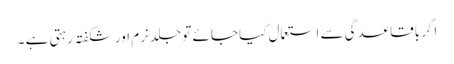
اگر باقاعدگی سے استعمال کیا جائے تو جلد نرم اور شگفتہ رہتی ہے ۔